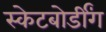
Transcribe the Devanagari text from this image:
स्केटबोर्डींग